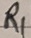
Text: R1